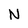
Character: N